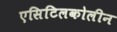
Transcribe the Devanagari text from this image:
एसिटिलकोलीन